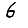
Digit: 6